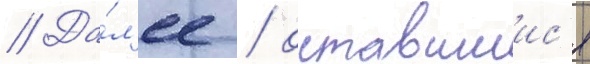
// Да́л'ее / оставшиис'я